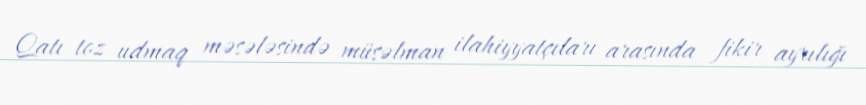
Qatı toz udmaq məsələsində müsəlman ilahiyyatçıları arasında fikir ayrılığı